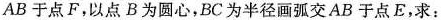
AB于点F，以点B为圆心，BC为半径画弧交AB于点E，求：